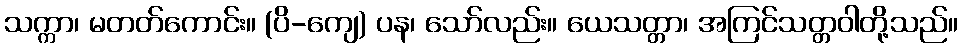
သက္ကာ၊ မတတ်ကောင်း။ (ပိ-ကျေ) ပန၊ သော်လည်း။ ယေသတ္တာ၊ အကြင်သတ္တဝါတို့သည်။